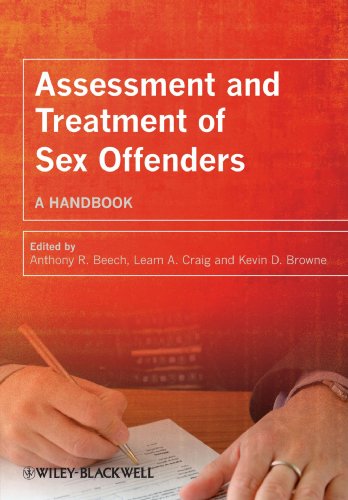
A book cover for Assessment and Treatment of Sex Offenders: A Handbook; Medical Books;